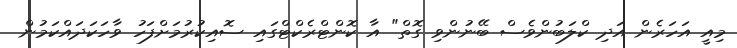
މިއީ އަހަރެން އަދި ކްލަބުންވެސް ބޭނުންވި ގޮތް" އާ ކޮންޓްރެކްޓްގައި ސޮއިކުރުމަށްފަހު ވާހަކަދައްކަމުން